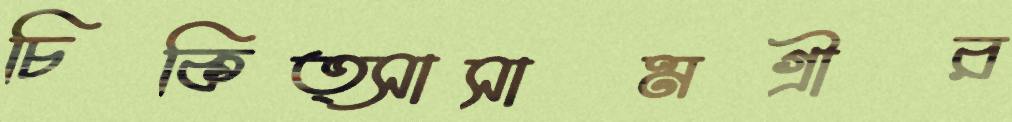
চিকিত্সাসামগ্রীর